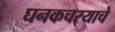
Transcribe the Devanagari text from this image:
घनकचर्‍याचे